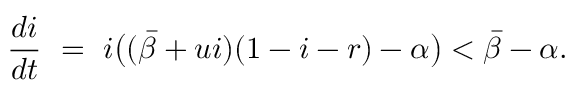
\frac { d i } { d t } \ = \ i \big ( ( \bar { \beta } + u i ) ( 1 - i - r ) - \alpha \big ) < \bar { \beta } - \alpha .